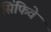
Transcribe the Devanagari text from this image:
सिंफिवे